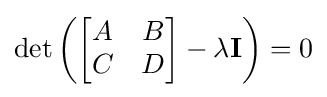
\det \left({\begin{bmatrix}A&B\\C&D\\\end{bmatrix}}-\lambda \mathbf {I} \right)=0